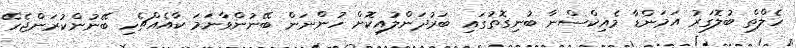
ހެލްތް ބުލޮގަރު އަމަންޑާ މެއިކްސްނާ ބުނިގޮތުގައި ބަރުދަންލުއިކޮށް ހުންނަން ބޭނުންވާނަމަ ކާއެއްޗެހި ބޭނުންކުރަންޖެހޭ